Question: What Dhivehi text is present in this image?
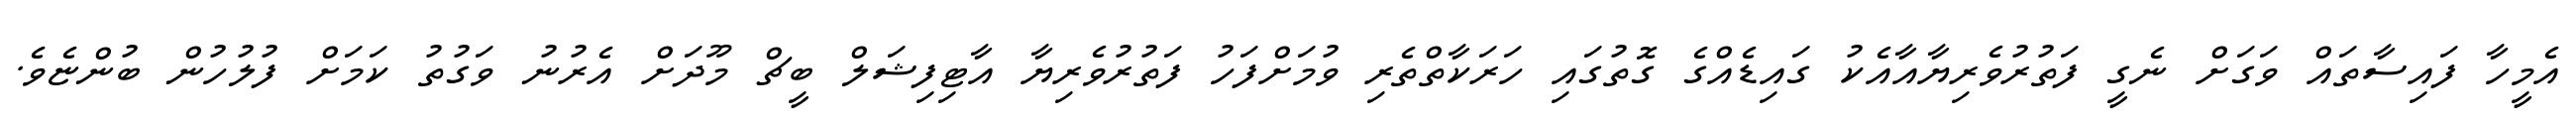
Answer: އެމީހާ ފައިސާތައް ވަގަށް ނެގީ ފަތުރުވެރިޔާއާއެކު ގައިޑެއްގެ ގޮތުގައި ހަރަކާތްތެރި ވުމަށްފަހު ފަތުރުވެރިޔާ އާޓިފިޝަލް ބީޗް މޫދަށް އެރުނު ވަގުތު ކަމަށް ފުލުހުން ބުންޏެވެ.